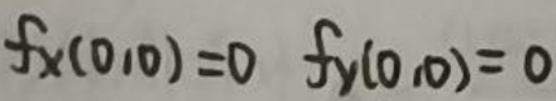
$f_{x}(0,0)=0 \quad f_{y}(0,0)=0$